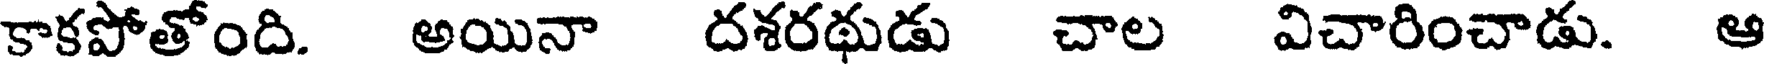
కాకపోతోంది. అయినా దశరథుడు చాల విచారించాడు. ఆ